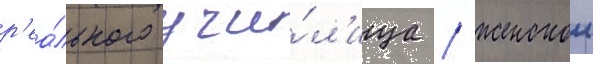
р'еа́льного учи́л'ища / женскои